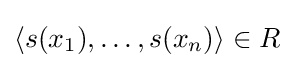
\langle s(x_{1}),\ldots ,s(x_{n})\rangle \in R